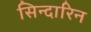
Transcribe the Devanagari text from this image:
सिन्दारिन